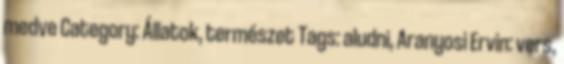
medve Category: Állatok, természet Tags: aludni, Aranyosi Ervin: vers,